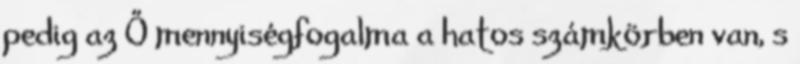
pedig az Ő mennyiségfogalma a hatos számkörben van, s